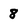
Character: 8